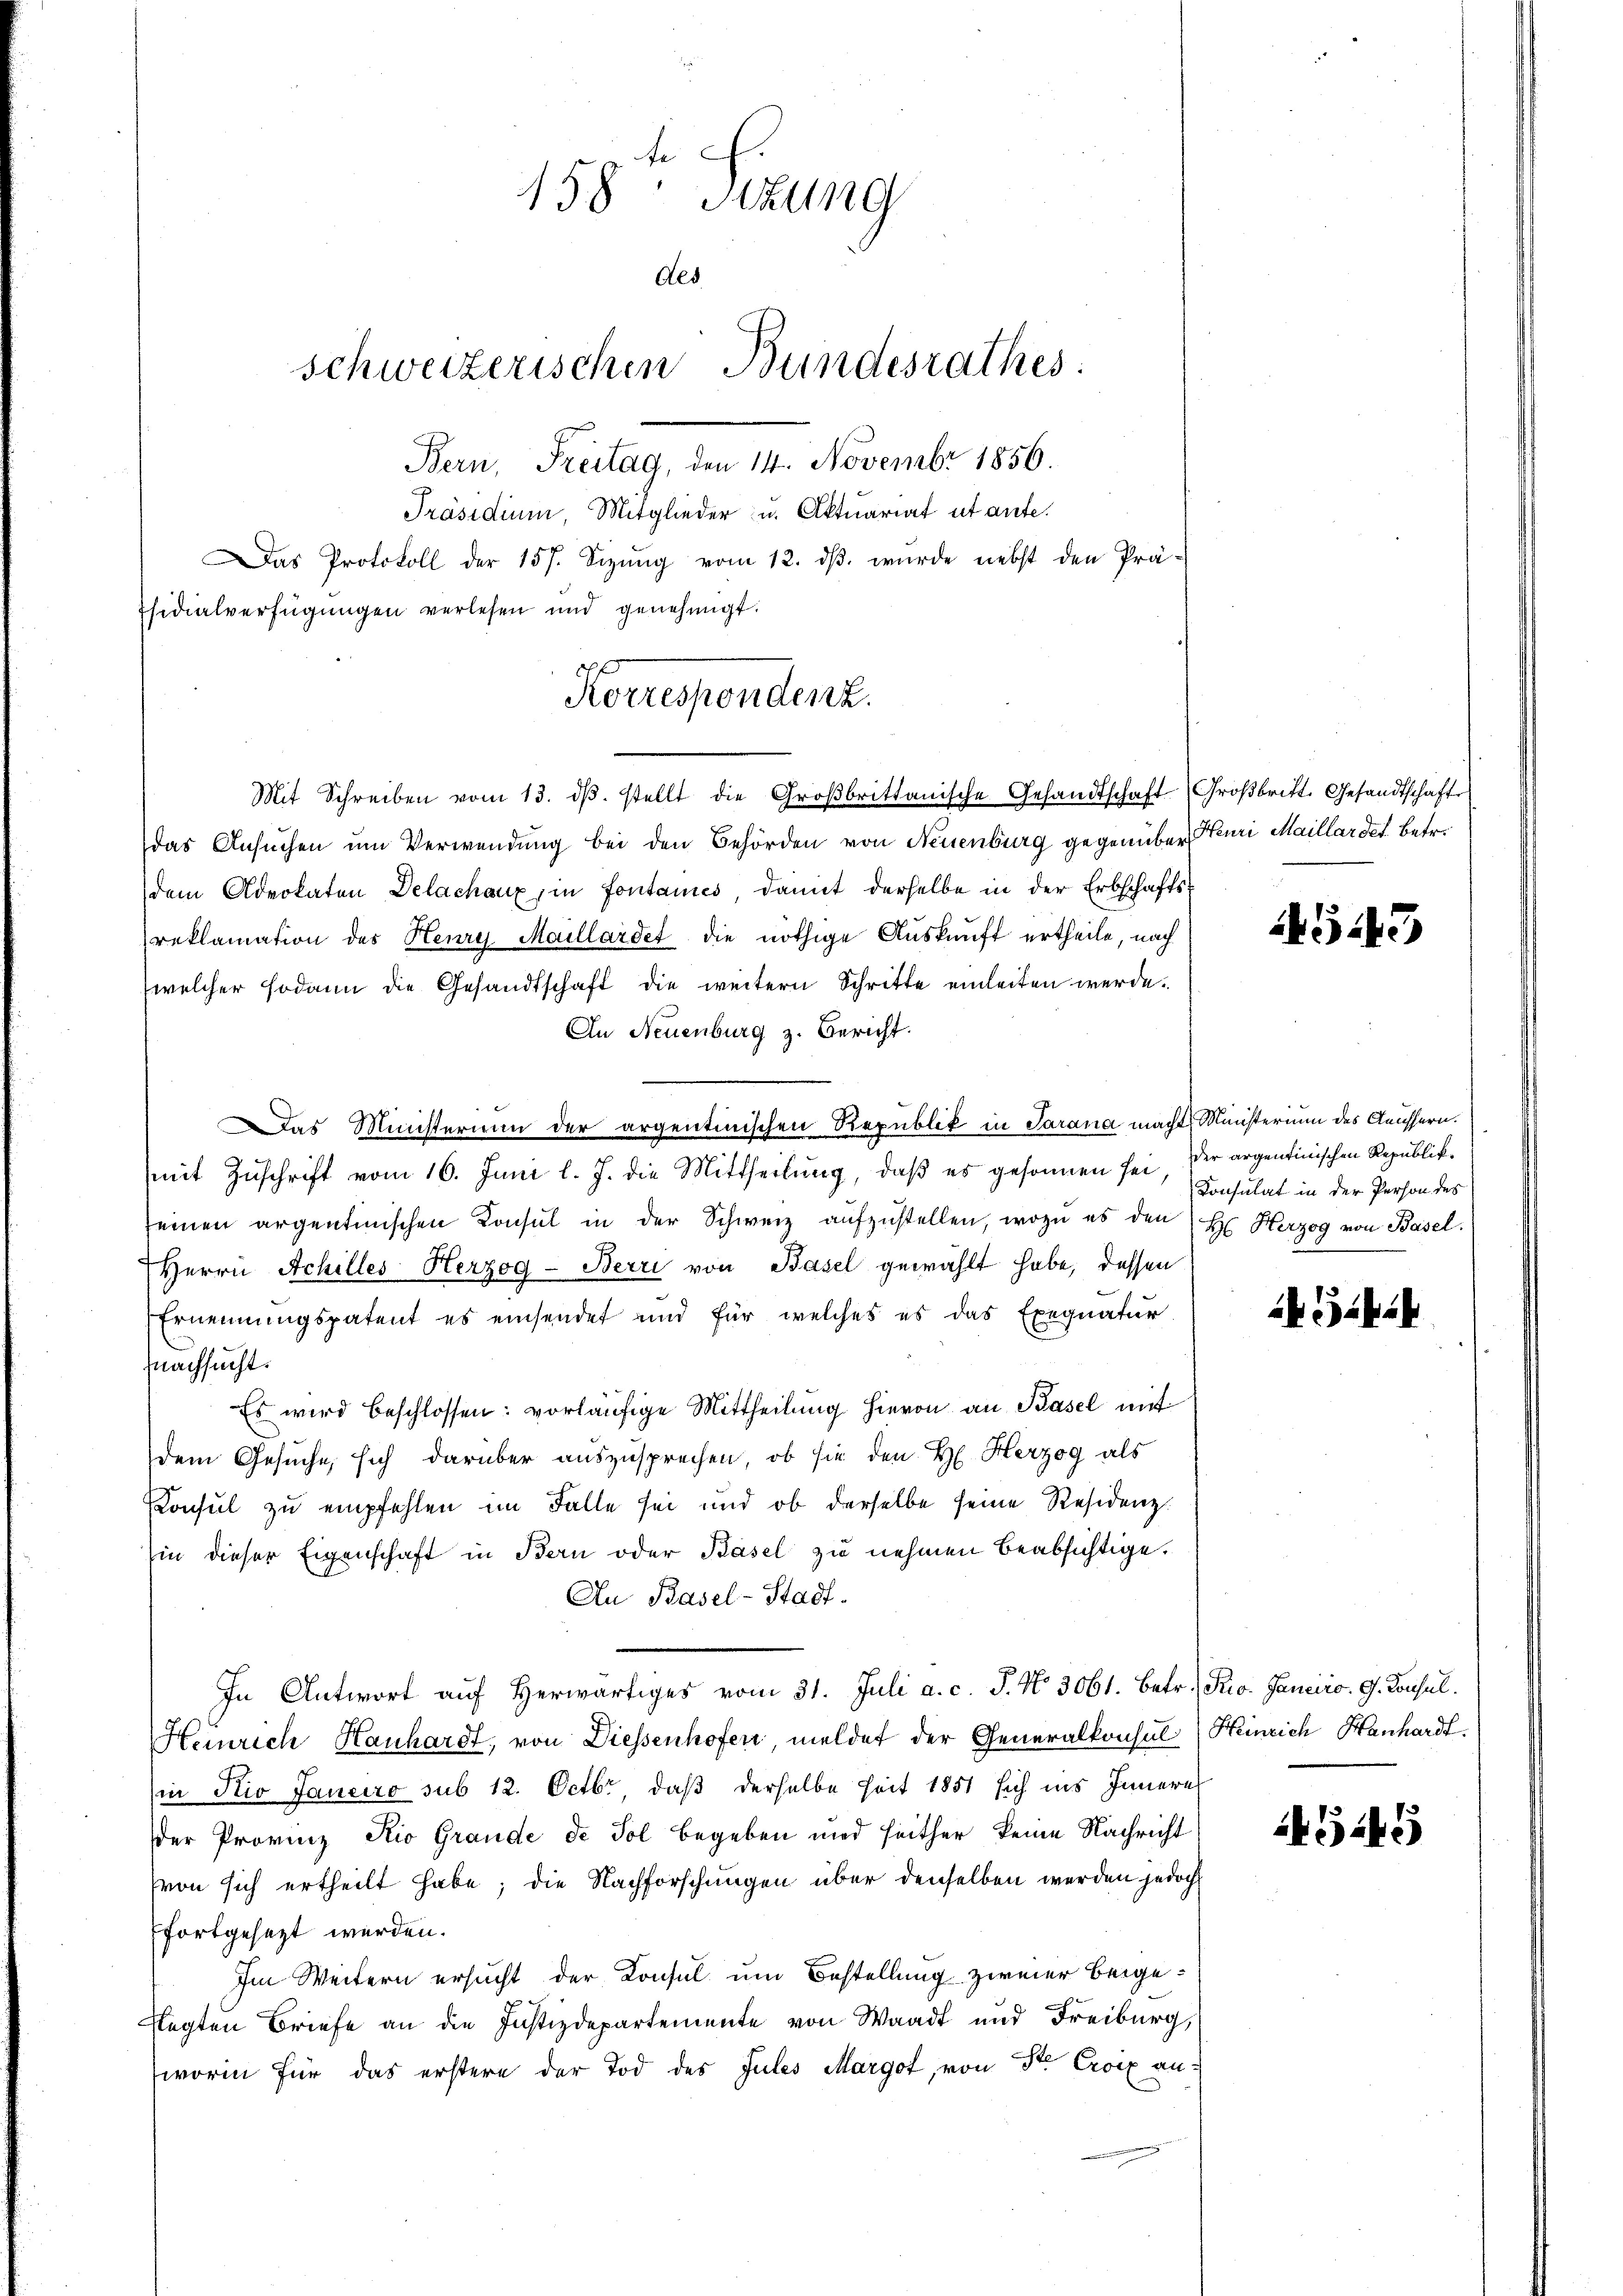
158. Sitzung
des
schweizerischen Bundesrathes:
Bern, Freitag, den 14. Novembr 1856.
Präsidium, Mitglieder u. Aktuariat ut ante.
as Protokoll der 157. Sizung vom 12. dβ. wurde nebst den Präsidialverfügungen verlesen und genehmigt.

Korrespondenz.
Mit Schreiben vom 13. dβ. stellt die Groβbrittanische Gesandtschaft Großbritt. Gesandtschaft

das Ansuchen um Verwendung bei den Behörden von Neuenburg gegenüber Henri Maillardes Betr.
dem Advokaten Delachaux, in Fontanés damit derselbe in der Erbschaftsreklamation des Henry Maillardet die nöthige Auskunft ertheile, nach
welcher sodann die Gesandtschaft die weitern Schritte einleiten werde.
An Neuenburg z. Bericht.
Das Ministerium der argentinischen Republik in Sarana macht Ministerium des Aeussern.
mit Zuschrift vom 16. Juni l. J. die Mittheilung, daß es gesonnen sei, Consulat in der Person des
seinen argentinischen Consul in der Schweiz aŭfzŭstellen, wozu es den H. Herzog von Basel.
Herrn Achilles Herzog-Berri von Basel gewählt habe, dessen
Ernennungspatent es einsendet und für welches es das Exequatur
nachsucht.
Es wird beschlossen: vorläufige Mittheilung hievon an Basel mit
dem Gesuche, sich darüber auszusprechen, ob sie den H. Herzog als
Konsul zu empfehlen im Falle sei und ob derselbe seine Residenz.
hin dieser Eigenschaft in Bern oder Basel zu nehmen beabsichtige.
An Basel-Stadt.
In Antwort aŭf herwärtiges vom 31. Juli a. c. J. No. 3061. betr. Pro. Janeiro G. Konsul
Heinrich Hanhardt, von Diessenhofen, meldet der Generalkonsul Heinrich Hanhardt.
in Nio Janeiro sub 12. Octbr, daß derselbe Zeit 1851 sich ins Inneres
der Provinz Rio Grande de Sol begeben und heither keine Nachricht
(von sich ertheilt habe; die Nachforschungen über denselben werden jedoch
fortgesezt werden.
Im Weitern ersucht der Konsul um Bestellung zweier beige¬
Negten Briefe an die Justizdepartemente von Waadt und Freiburg,
worin für das erstere der Tod des Jules Margot, von der Croix an¬

543

der argentinischen Republik¬

Sibil

4545